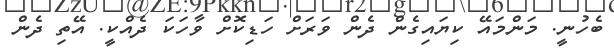
ބެހުނީ. މަންމައޭ ކިޔައިގެން ދެން ވަރަށް ހަޑިކޮށް ވާހަކަ ދެއްކީ. އޭތި ދެން